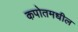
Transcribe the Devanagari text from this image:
कपोतमधील